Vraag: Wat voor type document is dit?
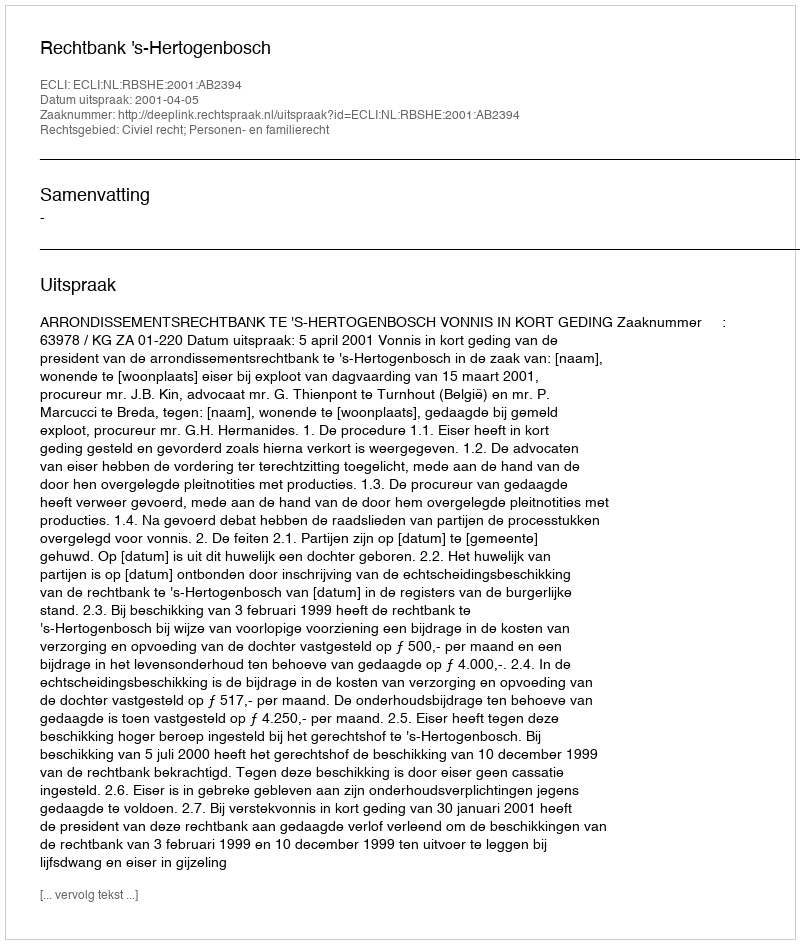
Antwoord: Uitspraak